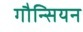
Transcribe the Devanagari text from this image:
गौन्सियन